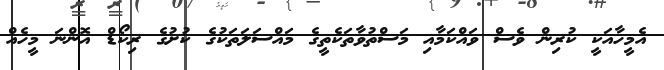
އެމީހާއަކީ ކުރިން ވެސް ވައްކަމާއި މަސްތުވާތަކެތީގެ މައްސަލަތަކުގެ ކުށުގެ ރިކޯޑް އޮންނަ މީހެއް